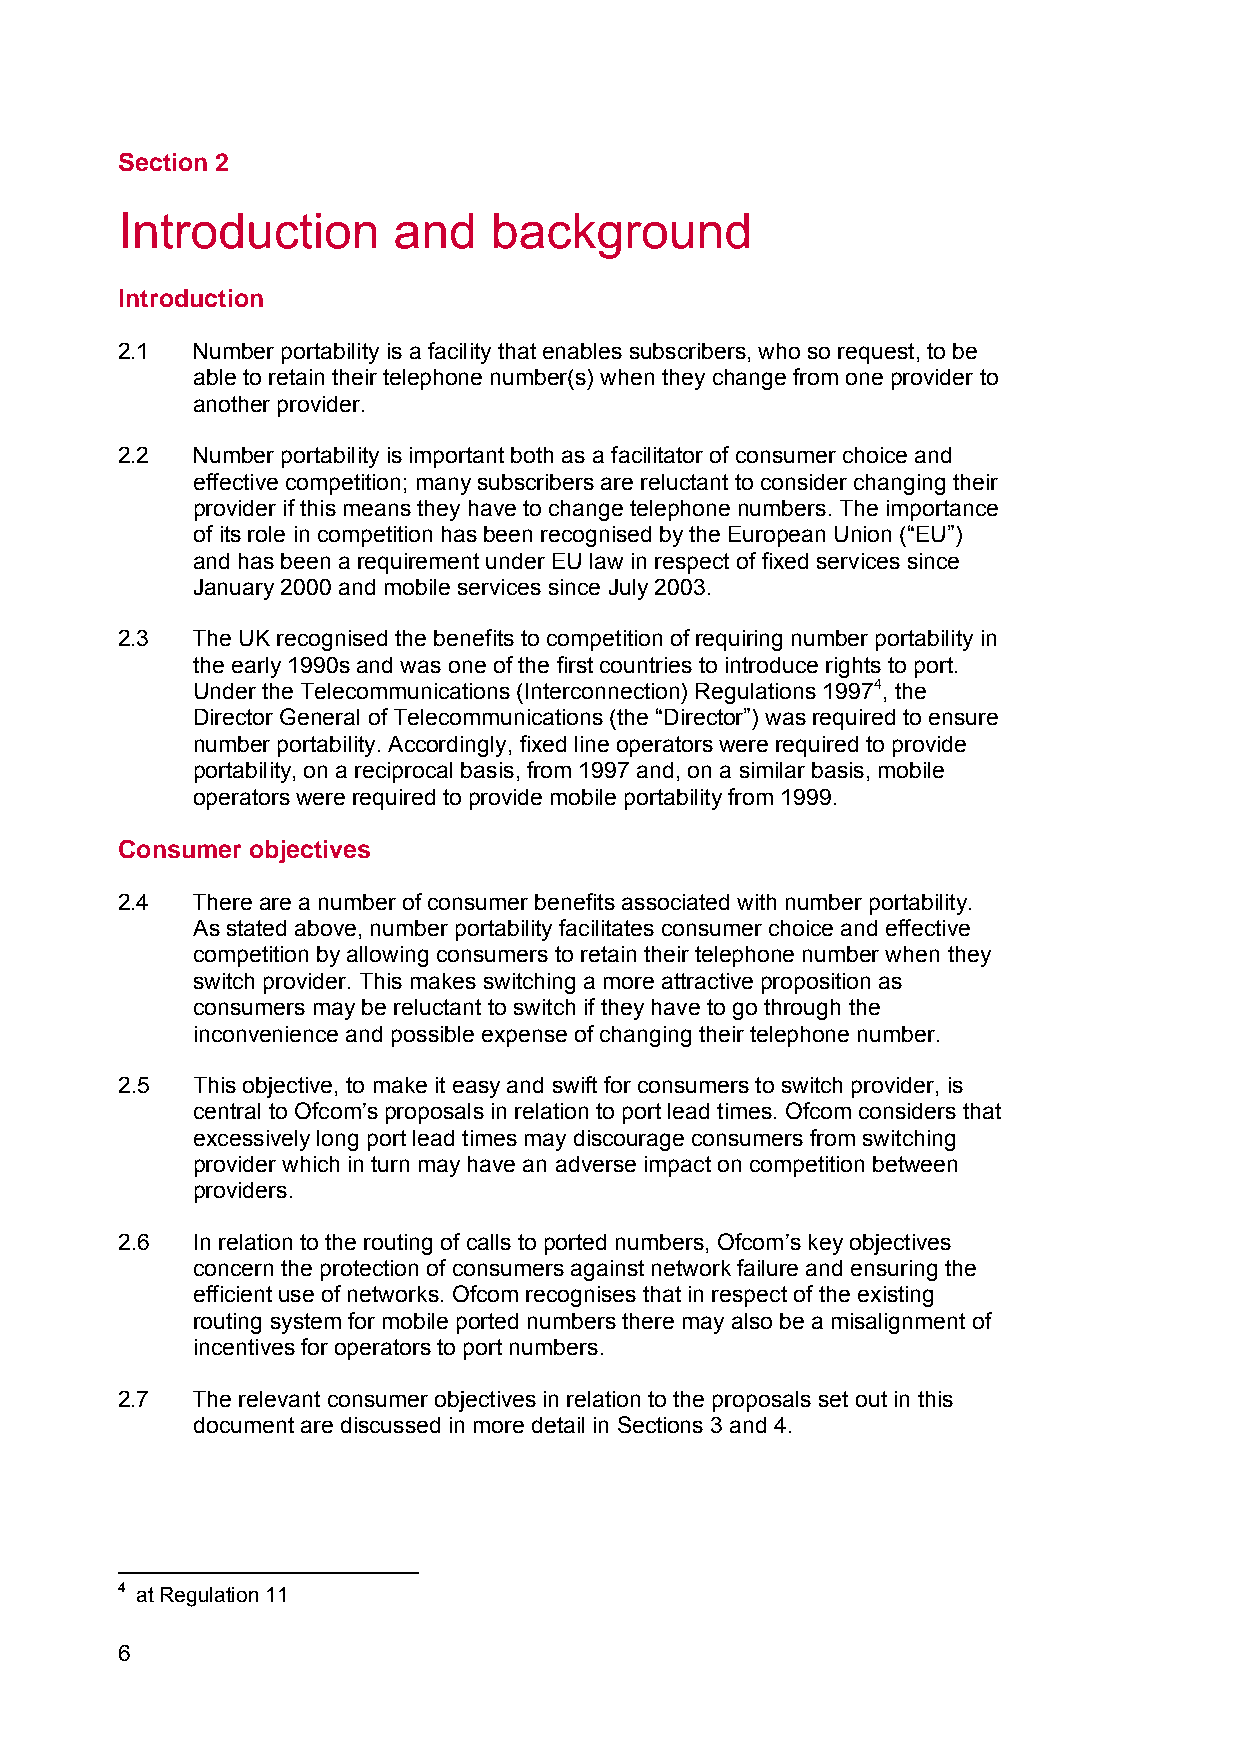
Section 2
 2    Introduction      and   background
 Introduction
 2.1  Number portability is a facility that enables subscribers, who so request, to be
 able to retain their telephone number(s) when they change from one provider to
 another provider.
 2.2  Number portability is important both as a facilitator of consumer choice and
 effective competition; many subscribers are reluctant to consider changing their
 provider if this means they have to change telephone numbers. The importance
 of its role in competition has been recognised by the European Union (“EU”)
 and has been a requirement under EU law in respect of fixed services since
 January 2000 and mobile services since July 2003.
 2.3  The UK recognised the benefits to competition of requiring number portability in
 the early 1990s and was one of the first countries to introduce rights to port.
 Under the Telecommunications (Interconnection) Regulations 19974, the
 Director General of Telecommunications (the “Director”) was required to ensure
 number portability. Accordingly, fixed line operators were required to provide
 portability, on a reciprocal basis, from 1997 and, on a similar basis, mobile
 operators were required to provide mobile portability from 1999.
 Consumer objectives
 2.4  There are a number of consumer benefits associated with number portability.
 As stated above, number portability facilitates consumer choice and effective
 competition by allowing consumers to retain their telephone number when they
 switch provider. This makes switching a more attractive proposition as
 consumers may be reluctant to switch if they have to go through the
 inconvenience and possible expense of changing their telephone number.
 2.5  This objective, to make it easy and swift for consumers to switch provider, is
 central to Ofcom’s proposals in relation to port lead times. Ofcom considers that
 excessively long port lead times may discourage consumers from switching
 provider which in turn may have an adverse impact on competition between
 providers.
 2.6  In relation to the routing of calls to ported numbers, Ofcom’s key objectives
 concern the protection of consumers against network failure and ensuring the
 efficient use of networks. Ofcom recognises that in respect of the existing
 routing system for mobile ported numbers there may also be a misalignment of
 incentives for operators to port numbers.
 2.7  The relevant consumer objectives in relation to the proposals set out in this
 document are discussed in more detail in Sections 3 and 4.
 4 at Regulation 11
 6